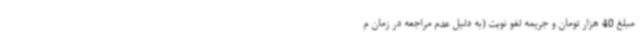
مبلغ 40 هزار تومان و جریمه لغو نوبت (به دلیل عدم مراجعه در زمان م